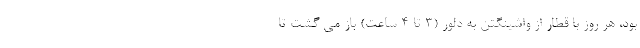
بود، هر روز با قطار از واشینگتن به دلور (3 تا 4 ساعت) باز می گشت تا